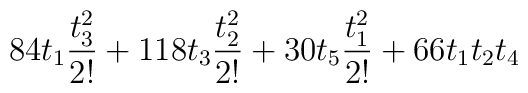
84 t_1 \frac{t_3^2}{2!} + 118 t_3 \frac{t_2^2}{2!} + 30 t_5\frac{t_1^2}{2!} + 66 t_1 t_2 t_4